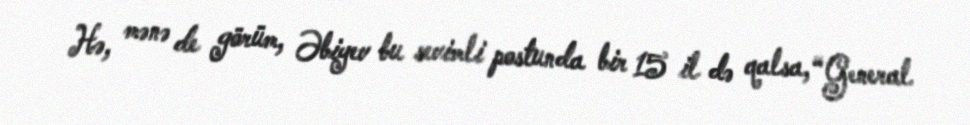
Hə, mənə de görüm, Əbiyev bu sevimli postunda bir 15 il də qalsa, “General